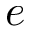
e